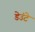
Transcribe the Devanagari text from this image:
डेउंटे